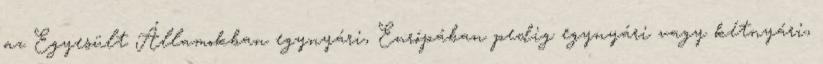
az Egyesült Államokban egynyári, Európában pedig egynyári vagy kétnyári,